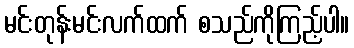
မင်းတုန်းမင်းလက်ထက် စသည်ကိုကြည့်ပါ။